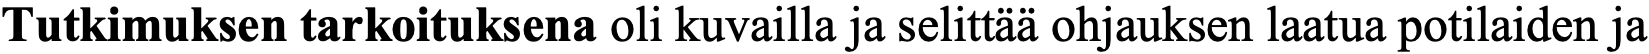
Tutkimuksen tarkoituksena oli kuvailla ja selittää ohjauksen laatua potilaiden ja